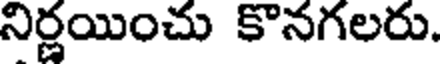
నిర్ణయించు కొనగలరు.